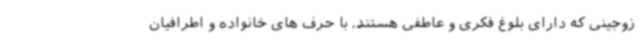
زوجینی که دارای بلوغ فکری و عاطفی هستند، با حرف های خانواده و اطرافیان